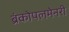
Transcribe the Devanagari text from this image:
ब्रंकोपलमेनरी